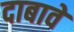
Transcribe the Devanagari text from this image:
दाबावे